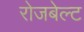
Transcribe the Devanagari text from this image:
रोजबेल्ट